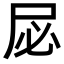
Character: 𫵘